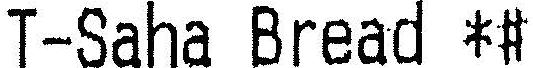
T-SAHA BREAD *#